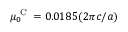
\mu _ { 0 } ^ { \textrm { C } } = 0 . 0 1 8 5 ( 2 \pi c / a )